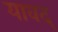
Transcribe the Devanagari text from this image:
यावद्